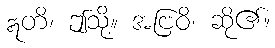
ဣတိ၊ ဤသို့။ အဗြဝိ၊ ဆို၏။